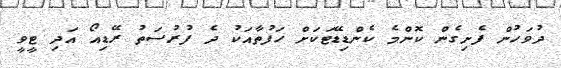
ދުވަހުން ފެށިގެން ކޮންމެ ކެންޑިޑޭޓަކަށް ހަފުތާއަކު ދެ ފުރުސަތު ރޭޑިއޯ އަދި ޓީވީ